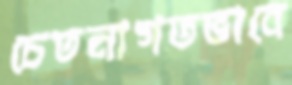
চেতনাগতভাবে